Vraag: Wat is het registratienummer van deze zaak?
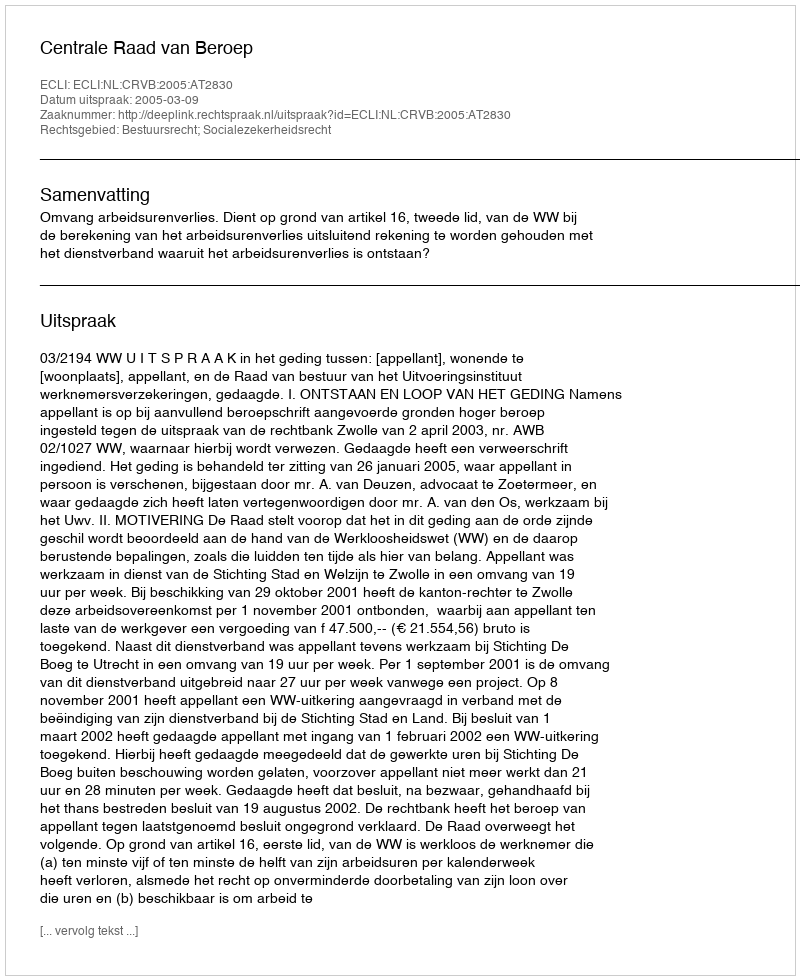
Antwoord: http://deeplink.rechtspraak.nl/uitspraak?id=ECLI:NL:CRVB:2005:AT2830